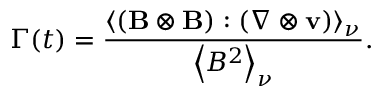
\Gamma ( t ) = \frac { \langle ( \mathbf { B } \otimes \mathbf { B } ) : ( \nabla \otimes \mathbf { v } ) \rangle _ { \nu } } { \left\langle B ^ { 2 } \right\rangle _ { \nu } } .